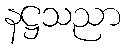
နဋ္ဌသညာ